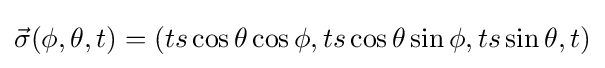
{\vec {\sigma }}(\phi ,\theta ,t)=(ts\cos \theta \cos \phi ,ts\cos \theta \sin \phi ,ts\sin \theta ,t)